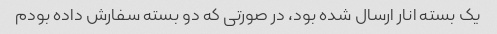
یک بسته انار ارسال شده بود، در صورتی که دو بسته سفارش داده بودم